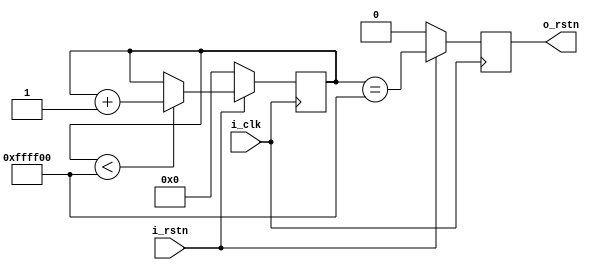
`timescale 1ns / 1ps
module h_delay#
(
	parameter[31:0]CNT = 32'h00ffff00
)(
	input i_clk,
	input i_rstn,
	output o_rstn
    );

reg[31:0] cnt = 32'd0;
reg r_rstn_d0;

/*count for clock*/
always@(posedge i_clk)
begin 
    if(!i_rstn)
    begin
       cnt<=32'd0; 
    end
    else if(cnt < CNT)begin
	   cnt <= cnt + 1'b1;
	end
    else
        cnt <= cnt;
end

/*generate output signal*/
always@(posedge i_clk)
begin
    if(!i_rstn)
    begin
        r_rstn_d0 <= 1'b0; 
    end
    else begin
	   r_rstn_d0 <= ( cnt == CNT);
	end
end	

assign o_rstn = r_rstn_d0;

endmodule